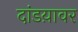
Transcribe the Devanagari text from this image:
दांडय़ावर